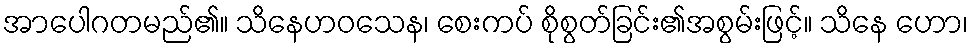
အာပေါဂတမည်၏။ သိနေဟဝသေန၊ စေးကပ် စိုစွတ်ခြင်း၏အစွမ်းဖြင့်။ သိနေ ဟော၊